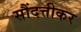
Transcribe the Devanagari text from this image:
सौंदत्तीकर